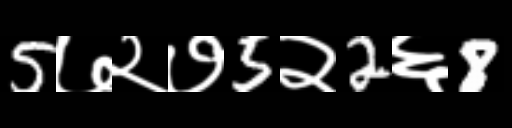
Text: 5७२७5२2६8